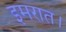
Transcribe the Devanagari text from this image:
इमरात।